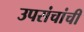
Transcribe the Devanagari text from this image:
उपसंचांची